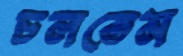
চলতেম